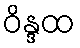
ဝိန္ဒထ